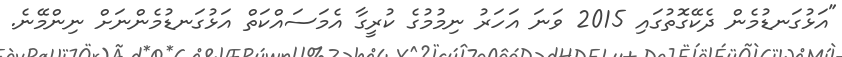
"އަޅުގަނޑުމެން ދެކޭގޮތުގައި 2015 ވަނަ އަހަރު ނިމުމުގެ ކުރީގާ އެމަސައްކަތް އަޅުގަނޑުމެންނަށް ނިންމޭނެ.